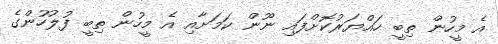
އެ މީހުން ތިބީ ހައްޔަރުކޮށްފައި ނޫން ކަމަށާއި އެ މީހުން ތިބީ ފުލުހުންގެ